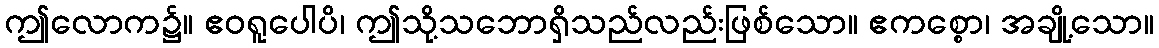
ဤလောက၌။ ဧဝရူပေါပိ၊ ဤသို့သဘောရှိသည်လည်းဖြစ်သော။ ဧကစ္စော၊ အချို့သော။